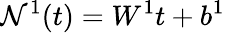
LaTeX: \mathcal{N}^{1}(t)=W^{1}t+b^{1}